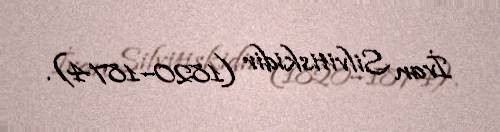
İvan Silvitiskidir (1820–1874).